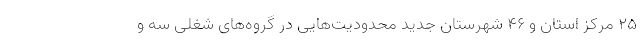
۲۵ مرکز استان و ۴۶ شهرستان جدید محدودیت‌هایی در گروه‌های شغلی سه و